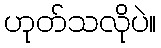
ဟုတ်သလိုပဲ။